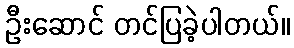
ဦးဆောင် တင်ပြခဲ့ပါတယ်။